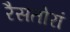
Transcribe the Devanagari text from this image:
रैसतोरां